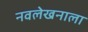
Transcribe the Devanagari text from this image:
नवलेखनाला